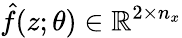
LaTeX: \hat{f}(z;\theta)\in\mathbb{R}^{2\times n_{x}}